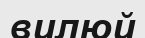
вилюй